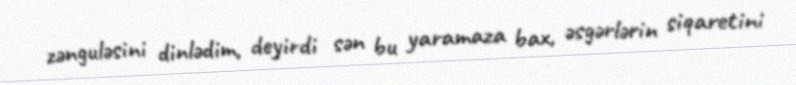
zənguləsini dinlədim, deyirdi sən bu yaramaza bax, əsgərlərin siqaretini